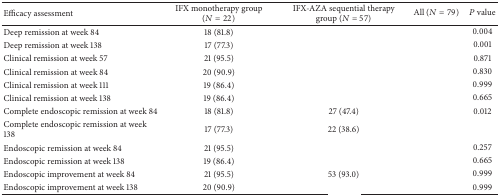
<table><thead><tr><td><b>Efficacy assessment</b></td><td><b>IFX monotherapy group (<i>N</i> = 22)</b></td><td><b>IFX-AZA sequential therapy group (<i>N</i> = 57)</b></td><td><b>All (<i>N</i> = 79)</b></td><td><b><i>P</i> value</b></td></tr></thead><tbody><tr><td>Deep remission at week 84</td><td>18 (81.8)</td><td>[EMPTY_CELL]</td><td>[EMPTY_CELL]</td><td>0.004</td></tr><tr><td>Deep remission at week 138</td><td>17 (77.3)</td><td>[EMPTY_CELL]</td><td>[EMPTY_CELL]</td><td>0.001</td></tr><tr><td>Clinical remission at week 57</td><td>21 (95.5)</td><td>[EMPTY_CELL]</td><td>[EMPTY_CELL]</td><td>0.871</td></tr><tr><td>Clinical remission at week 84</td><td>20 (90.9)</td><td>[EMPTY_CELL]</td><td>[EMPTY_CELL]</td><td>0.830</td></tr><tr><td>Clinical remission at week 111</td><td>19 (86.4)</td><td>[EMPTY_CELL]</td><td>[EMPTY_CELL]</td><td>0.999</td></tr><tr><td>Clinical remission at week 138</td><td>19 (86.4)</td><td>[EMPTY_CELL]</td><td>[EMPTY_CELL]</td><td>0.665</td></tr><tr><td>Complete endoscopic remission at week 84</td><td>18 (81.8)</td><td>27 (47.4)</td><td>[EMPTY_CELL]</td><td>0.012</td></tr><tr><td>Complete endoscopic remission at week 138</td><td>17 (77.3)</td><td>22 (38.6)</td><td>[EMPTY_CELL]</td><td>[EMPTY_CELL]</td></tr><tr><td>Endoscopic remission at week 84</td><td>21 (95.5)</td><td>[EMPTY_CELL]</td><td>[EMPTY_CELL]</td><td>0.257</td></tr><tr><td>Endoscopic remission at week 138</td><td>19 (86.4)</td><td>[EMPTY_CELL]</td><td>[EMPTY_CELL]</td><td>0.665</td></tr><tr><td>Endoscopic improvement at week 84</td><td>21 (95.5)</td><td>53 (93.0)</td><td>[EMPTY_CELL]</td><td>0.999</td></tr><tr><td>Endoscopic improvement at week 138</td><td>20 (90.9)</td><td>[EMPTY_CELL]</td><td>[EMPTY_CELL]</td><td>0.999</td></tr></tbody></table>